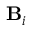
\mathbf { B } _ { i }